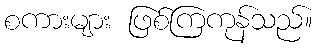
စကားများ ဖြစ်ကြကုန်သည်။